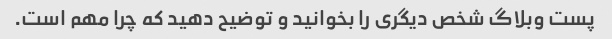
پست وبلاگ شخص دیگری را بخوانید و توضیح دهید که چرا مهم است.